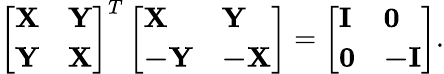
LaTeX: \left[\begin{array}{ll}{\mathbf{X}}&{\mathbf{Y}}\\ {\mathbf{Y}}&{\mathbf{X}}\end{array}\right]^{T}\left[\begin{array}{ll}{\mathbf{X}}&{\mathbf{Y}}\\ {\mathbf{-Y}}&{\mathbf{-X}}\end{array}\right]=\left[\begin{array}{ll}{\mathbf{I}}&{\mathbf{0}}\\ {\mathbf{0}}&{\mathbf{-I}}\end{array}\right].